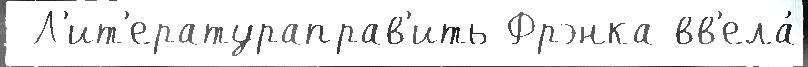
 Л'ит'ератураправ'ить Фрэнка вв'ела́